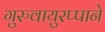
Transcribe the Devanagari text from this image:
गुरुवायुरप्पाने